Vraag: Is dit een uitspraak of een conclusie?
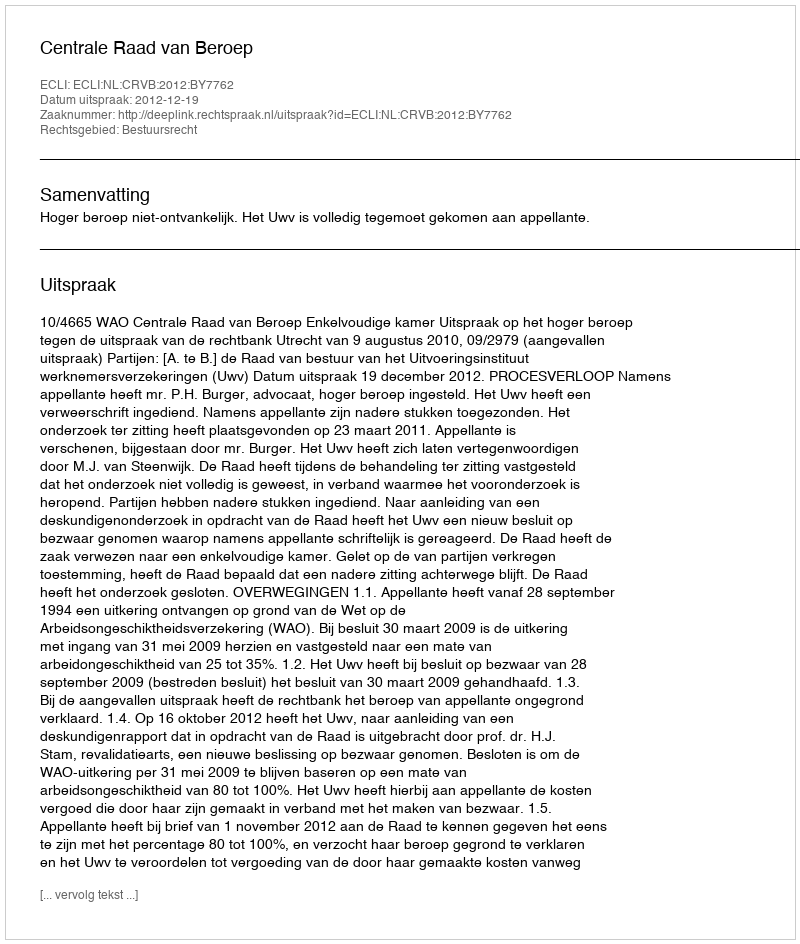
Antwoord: Uitspraak